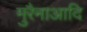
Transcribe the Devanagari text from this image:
मुरैनाआदि